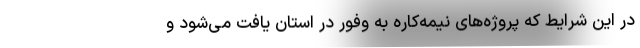
در این شرایط که پروژه‌های نیمه‌کاره به وفور در استان یافت می‌شود و